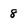
Character: 8